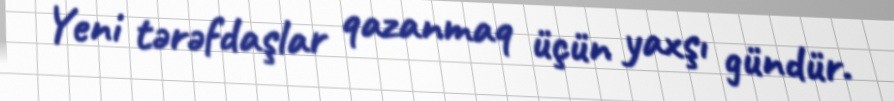
Yeni tərəfdaşlar qazanmaq üçün yaxşı gündür.